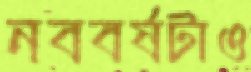
নববর্ষটাও